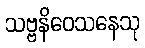
သဗ္ဗနိဝေသနေသု